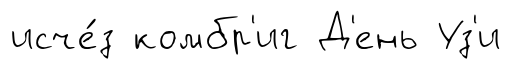
исче́з комбр'иг Д'ень Уз'и